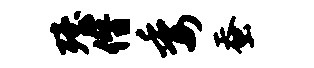
殪僭委蚕